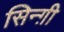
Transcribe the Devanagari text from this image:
सिन्ग़ी